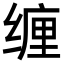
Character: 缠